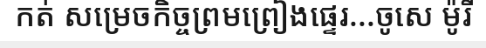
កត់ សម្រេចកិច្ចព្រមព្រៀងផ្ទេរ...ចូសេ ម៉ូរី